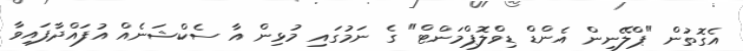
އެގޮތުން "ޕްލޭނިން އެންޑް ޑިވްލޮޕްމަންޓް" ގެ ނަމުގައި މުޅިން އާ ސެކްޝަނެއް އުފައްދާފައިވާ